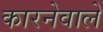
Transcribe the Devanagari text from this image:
कारनेवाले